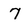
Character: 7